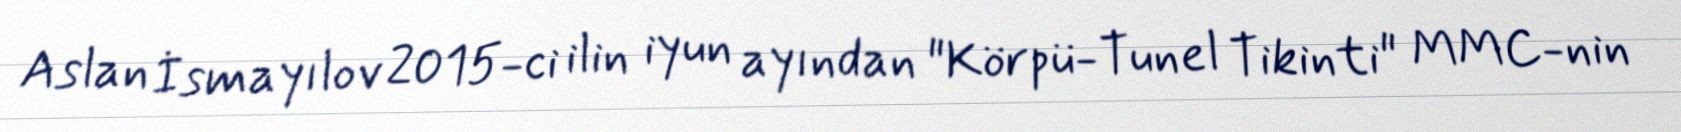
Aslan İsmayılov 2015-ci ilin iyun ayından "Körpü-Tunel Tikinti" MMC-nin